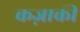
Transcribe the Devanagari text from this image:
कज़ाकी